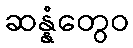
ဆန္နံတွေဝ